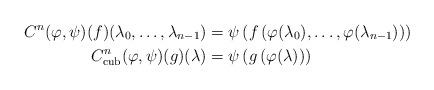
LaTeX: \begin{align*}C^n_{} ( \varphi, \psi) (f) (\lambda_0, \ldots, \lambda_{n-1}) &= \psi \left( f \left( \varphi(\lambda_0), \ldots, \varphi(\lambda_{n-1}) \right) \right)\\C^n_{\operatorname{cub}} ( \varphi, \psi) (g) (\lambda) &= \psi \left( g \left( \varphi(\lambda) \right) \right) \end{align*}